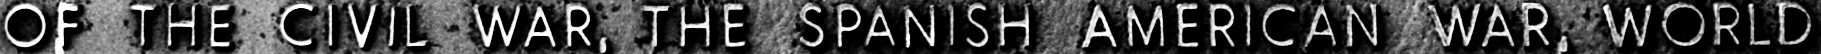
OF THE CIVIL WAR, THE SAPNISH AMERICAN WAR, WORLD